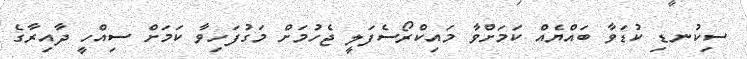
ސިކުނޑި ކުޑަވާ ބައްޔެއް ކަމަށްވާ މައިކްރޯސެފަލީ ޖެހުމަށް މަގުފަހިވާ ކަމަށް ސިއްހީ ދާއިރާގެ